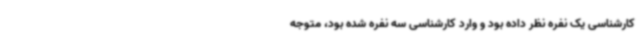
کارشناسی یک نفره نظر داده بود و وارد کارشناسی سه نفره شده بود، متوجه